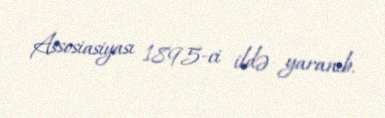
Assosiasiyası 1895-ci ildə yaranıb.